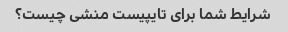
شرایط شما برای تایپیست منشی چیست؟